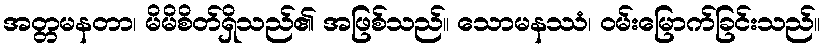
အတ္တမနတာ၊ မိမိစိတ်ရှိသည်၏ အဖြစ်သည်။ သောမနဿံ၊ ဝမ်းမြောက်ခြင်းသည်။